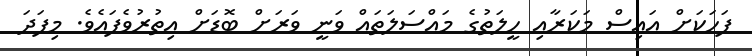
ފަހަކަށް އައިސް މަކަރާއި ހީލަތުގެ މައްސަލަތައް ވަނީ ވަރަށް ބޮޑަށް އިތުރުވެފައެވެ. މިފަދަ